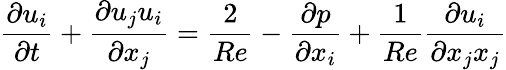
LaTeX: \frac{\partial u_{i}}{\partial t}+\frac{\partial u_{j}u_{i}}{\partial x_{j}}=\frac{2}{Re}-\frac{\partial p}{\partial x_{i}}+\frac{1}{Re}\frac{\partial u_{i}}{\partial x_{j}x_{j}}